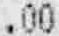
.00